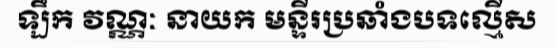
ឡឹក វណ្ណៈ នាយក មន្ទីរប្រឆាំងបទល្មើស